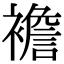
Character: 襜